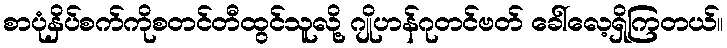
စာပုံနှိပ်စက်ကိုစတင်တီထွင်သူလို့ ဂျိုဟန်ဂုတင်ဗတ် ခေါ်လေ့ရှိကြတယ်။